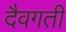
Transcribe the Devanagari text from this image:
दैवगती